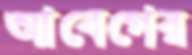
আবেগের